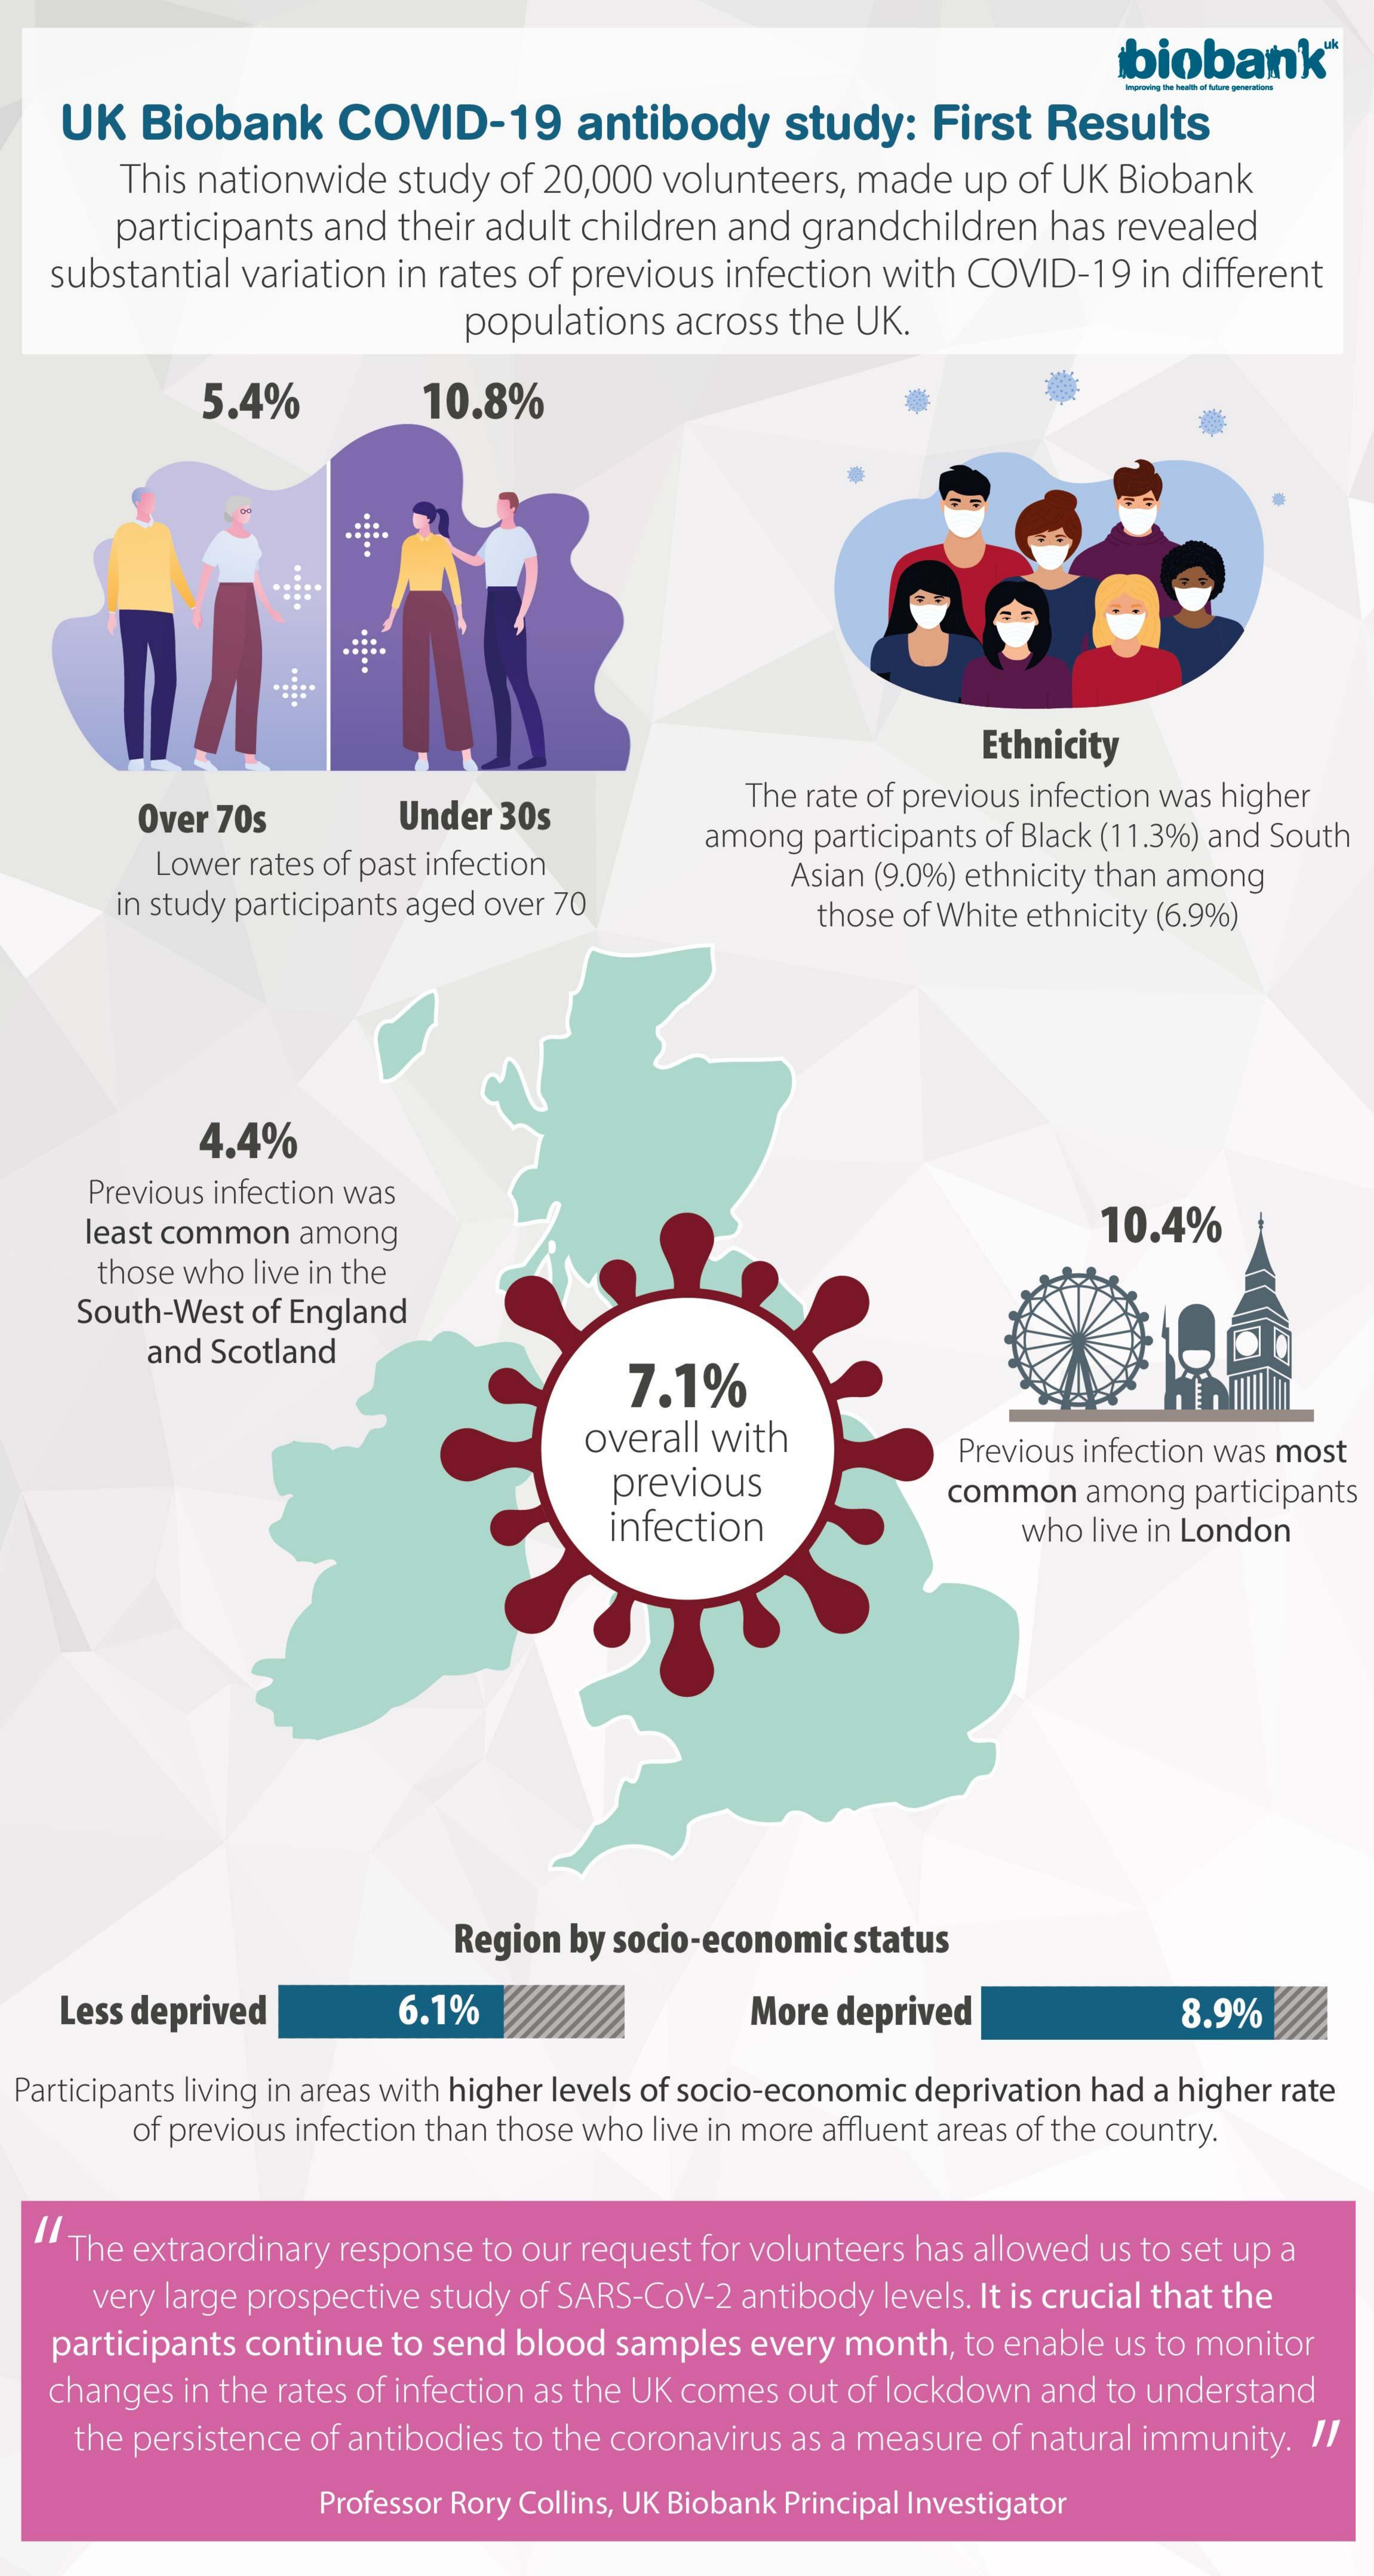
biobank*
    UK   Biobank    COVID-19    antibody    study:   First  Results
     This nationwide  study of 20,000 volunteers, made   up of UK Biobank
     participants and their adult children and grandchildren  has revealed
   substantial variation in rates of previous infection with COVID-19  in different
     populations  across the UK.
     5.4%    10.8%
     Ethnicity
     Over 70s    Under 30s
     The rate of previous infection was higher
     Lower rates of past infection
     among participants of Black (11.3%) and South
     in study participants aged over 70
     Asian (9.0%) ethnicity than among
     those of White ethnicity (6.9%)
     4.4%
     Previous infection was
     least common among    10.4%
     those who live in the
     South-West of England
     and Scotland
     7.1%
     overall with
     previous
     Previous infection was most
     infection
     common  among  participants
     who live in London
     Region by socio-economic status
    Less deprived    6.1%    More deprived    8.9%
  Participants living in areas with higher levels of socio-economic deprivation had a higher rate
     of previous infection than those who live in more affluent areas of the country.
    The extraordinary response to our request for volunteers has allowed us to set up a
     very large prospective study of SARS-Cov-2 antibody levels. It is crucial that the
   participants continue to send blood samples every month, to enable us to monitor
   changes in the rates of infection as the UK comes out of lockdown and to understand
     the persistence of antibodies to the coronavirus as a measure of natural immunity. I/
     Professor Rory Collins, UK Biobank Principal Investigator